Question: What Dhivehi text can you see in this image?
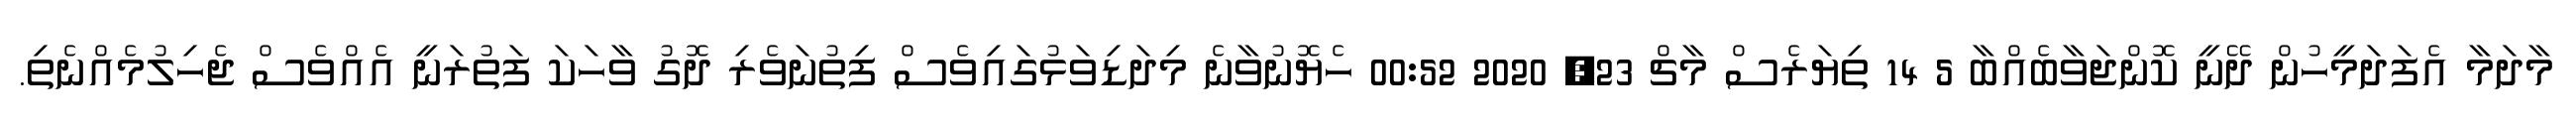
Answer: މާދަމާ އެފަދަމީހުން ދޭނީ ކޮންޖަވާބެއްބާ 5 14 ތިޔަރެސް މާޗް 23, 2020 00:52 ހެޔޮނުވާނެ މިދަޑިވަޅުގައިވެސް ފިތުނަވެރި ދޮގު ވާހަކަ ފަތުރަނީ އެއްވެސް ޖެހިލުމެއްނެތި.